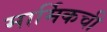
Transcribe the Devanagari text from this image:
मार्मिकची